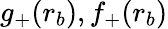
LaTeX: g_{+}(r_{b}),f_{+}(r_{b})